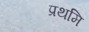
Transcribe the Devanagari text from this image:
प्रथमि